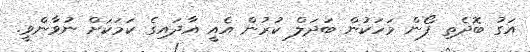
އަގު ބޮދެތި ފޯން މަހަކުން ބަދަލް ކުރުން އެއީ އާދައިގެ ކަމަކަށް ނުވާންވީ.